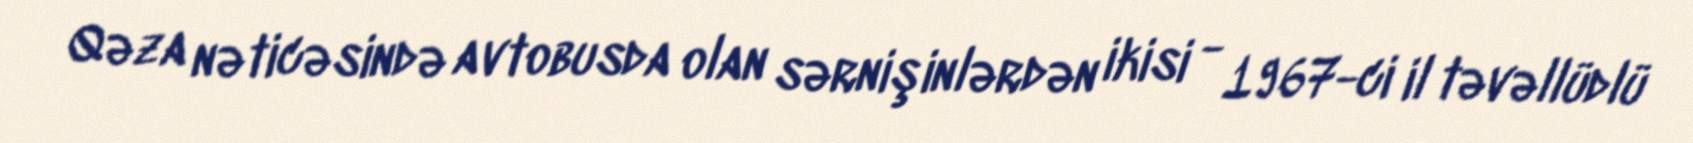
Qəza nəticəsində avtobusda olan sərnişinlərdən ikisi - 1967-ci il təvəllüdlü